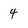
Character: 4